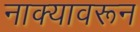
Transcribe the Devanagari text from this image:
नाक्यावरून